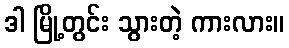
ဒါ မြို့တွင်း သွားတဲ့ ကားလား။